Vaccination in Bombay 1869-1873 - 1869-1873
Year: 1869
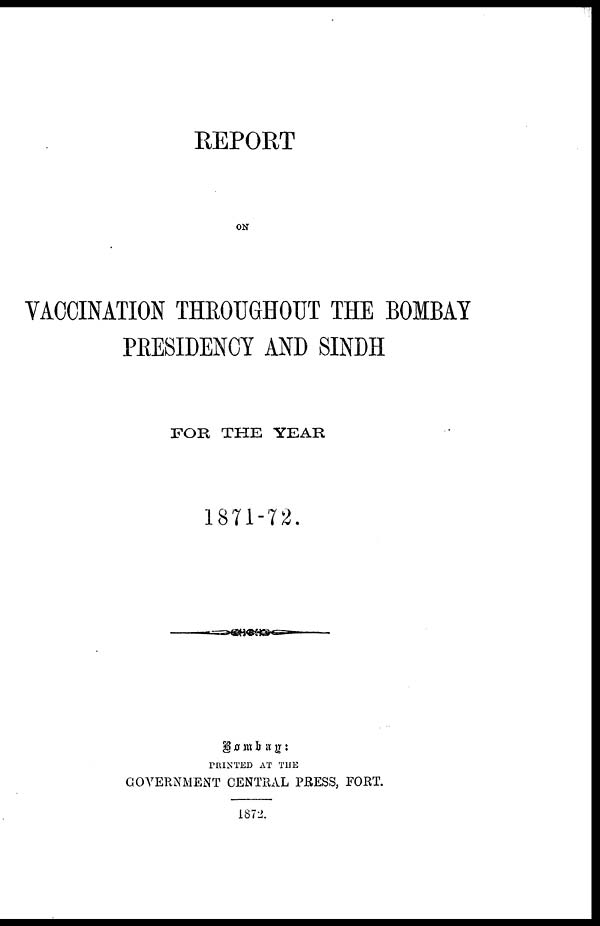
REPORT
ON
VACCINATION THROUGHOUT THE BOMBAY
PRESIDENCY AND SINDH
FOR THE YEAR
1871-72.
Bombay
:
PRINTED AT THE
GOVERNMENT CENTRAL PRESS, FORT.
1872.